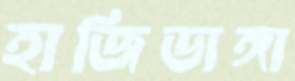
হাজিডাঙ্গা